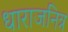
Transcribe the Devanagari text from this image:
धाराजनित्र